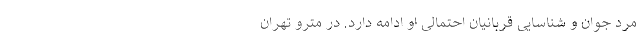
مرد جوان و شناسایی قربانیان احتمالی او ادامه دارد. در مترو تهران